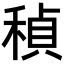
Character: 𬓲